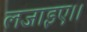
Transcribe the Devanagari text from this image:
लजाइए।।